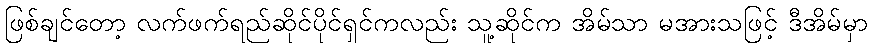
ဖြစ်ချင်တော့ လက်ဖက်ရည်ဆိုင်ပိုင်ရှင်ကလည်း သူ့ဆိုင်က အိမ်သာ မအားသဖြင့် ဒီအိမ်မှာ